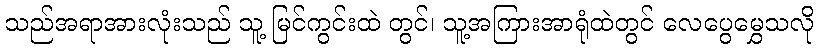
သည်အရာအားလုံးသည် သူ့ မြင်ကွင်းထဲ တွင်၊ သူ့အကြားအာရုံထဲတွင် လေပွေမွှေသလို